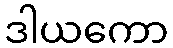
ဒါယကော